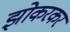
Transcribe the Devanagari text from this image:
झोकरकर